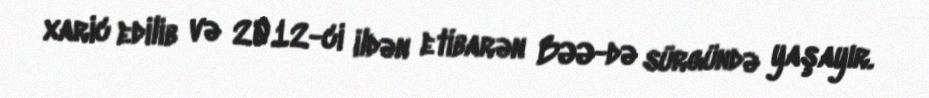
xaric edilib və 2012-ci ildən etibarən BƏƏ-də sürgündə yaşayır.